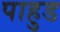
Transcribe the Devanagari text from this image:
पाहुड